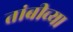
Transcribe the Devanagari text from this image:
तांबीच्या